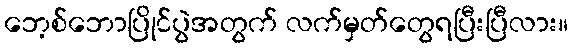
ဘေ့စ်ဘောပြိုင်ပွဲအတွက် လက်မှတ်တွေရပြီးပြီလား။